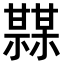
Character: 𤯏